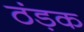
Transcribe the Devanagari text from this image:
ठंड़क